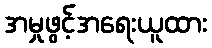
အမှုဖွင့်အရေးယူထား